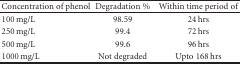
<table><thead><tr><td><b>Concentration of phenol</b></td><td><b>Degradation %</b></td><td><b>Within time period of</b></td></tr></thead><tbody><tr><td>100 mg/L</td><td>98.59</td><td>24 hrs</td></tr><tr><td>250 mg/L</td><td>99.4</td><td>72 hrs</td></tr><tr><td>500 mg/L</td><td>99.6</td><td>96 hrs</td></tr><tr><td>1000 mg/L</td><td>Not degraded</td><td>Upto 168 hrs</td></tr></tbody></table>